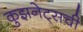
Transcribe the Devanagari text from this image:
कुझनेट्सची